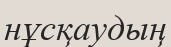
нұсқаудың